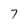
Character: 7